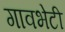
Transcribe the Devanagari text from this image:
गावभेटी